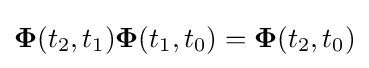
\mathbf {\Phi } (t_{2},t_{1})\mathbf {\Phi } (t_{1},t_{0})=\mathbf {\Phi } (t_{2},t_{0})